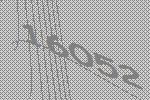
16052